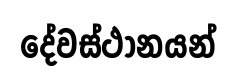
දේවස්ථානයන්